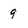
Character: 9